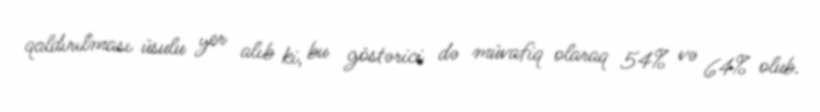
qaldırılması üsulu yer alıb ki, bu göstərici də müvafiq olaraq 54% və 64% olub.